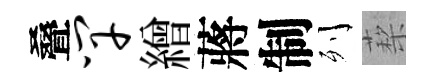
叠竿繒蔣制列蔾